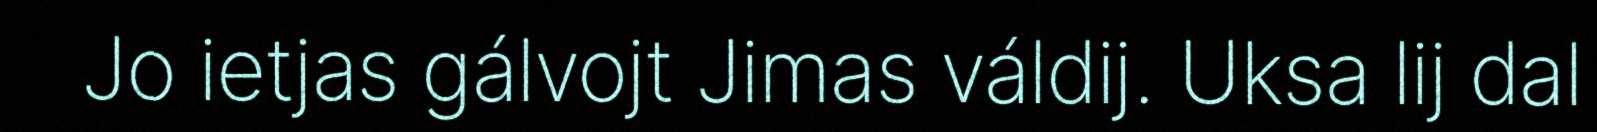
Jo ietjas gálvojt Jimas váldij. Uksa lij dal